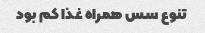
تنوع سس همراه غذا کم بود